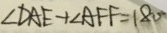
\angle D A E + \angle A F F = 1 8 0 ^ { \circ }